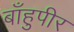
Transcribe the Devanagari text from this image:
बाँहुपीर